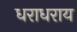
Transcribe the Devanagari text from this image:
धराधराय